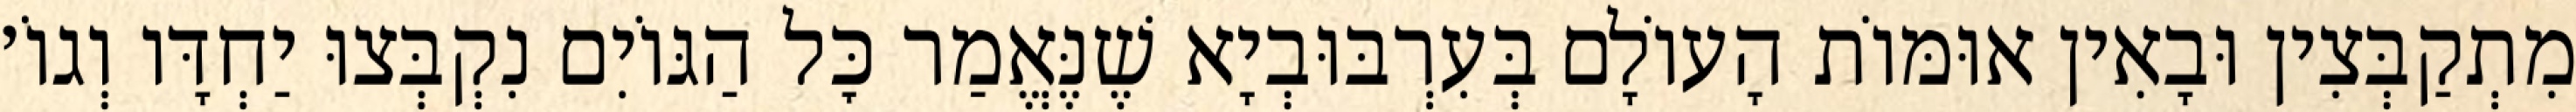
מִתְקַבְּצִין וּבָאִין אוּמּוֹת הָעוֹלָם בְּעִרְבּוּבְיָא שֶׁנֶּאֱמַר כׇּל הַגּוֹיִם נִקְבְּצוּ יַחְדָּו וְגוֹ׳